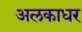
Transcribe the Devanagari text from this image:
अलकाधर